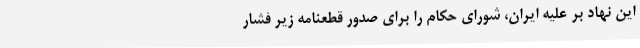
این نهاد بر علیه ایران، شورای حکام را برای صدور قطعنامه زیر فشار